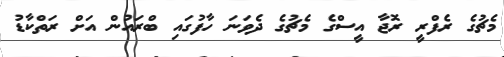
މެޗުގެ ރެފްރީ ރޮޖާ އީސްގެ މެޗުގެ ދެވަނަ ހާފުގައި ބްރައުން އަށް ރަތްކާޑު